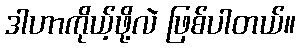
ဒါဟာကိုယ့်ဖို့လဲ ဖြစ်ပါတယ်။